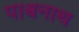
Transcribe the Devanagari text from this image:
पाश्र्वनाथ